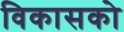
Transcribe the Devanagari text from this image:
विकासको